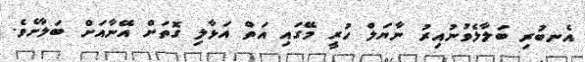
އެނބުރި ބަލާލެވުނުއިރު ނާޔަލް ހުރީ މޭގައި އަތް އަޅާލި ގޮތަށް އޭނާއަށް ބަލާށެވެ.